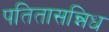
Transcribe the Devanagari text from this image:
पतितासन्निध